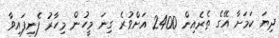
ދިޔަ ކަމަށާ އޭގެ ތެރެއިން 2400 އަށްވުރެ ގިނަ މީހުން މިހާރު ފެނިފައިވާ